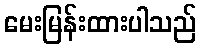
မေးမြန်းထားပါသည်